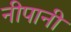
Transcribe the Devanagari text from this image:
नीपानी